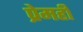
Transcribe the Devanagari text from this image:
प्रेमही